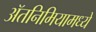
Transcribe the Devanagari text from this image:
ॲतनिमियामध्ये